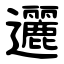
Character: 邐